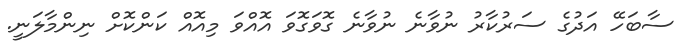
ސާބަހޭ އަދުގެ ސަރުކާރު ނުވާނެ ނުވާނެ ގޮވަގޮވަ އޮއްވަ މިއޮއް ކަންކޮށް ނިންމާލަނީ.